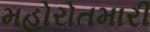
મહોરોતમારી